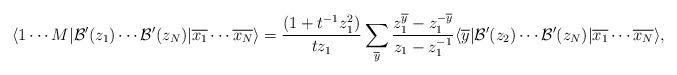
LaTeX: \begin{align*}\langle 1 \cdots M|\mathcal{B}^\prime(z_1)\cdots \mathcal{B}^\prime(z_N)|\overline{x_1} \cdots\overline{x_N} \rangle=\frac{(1+t^{-1}z_1^2)}{tz_1}\sum_{\overline{y}}\frac{z_1^{\overline{y}}-z_1^{-\overline{y}}}{z_1-z_1^{-1}}\langle \overline{y}|\mathcal{B}^\prime(z_2) \cdots \mathcal{B}^\prime(z_N)|\overline{x_1} \cdots\overline{x_N} \rangle,\end{align*}